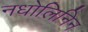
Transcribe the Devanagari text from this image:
नधोलिनिन